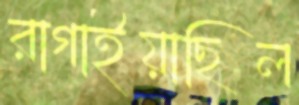
রাগাইয়াছিল